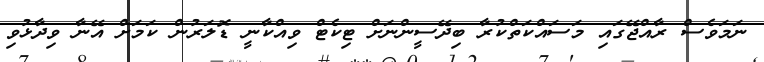
ނަމަވެސް ރާއްޖޭގައި މަސައްކަތްކުރާ ބިދޭސީންނަށް ޓިކެޓް ވިއްކާނީ ޑޮލަރުން ކަމަށް އޭނާ ވިދާޅުވި